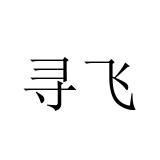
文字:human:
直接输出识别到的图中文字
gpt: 寻飞